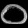
Digit: ၀